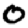
Digit: 0